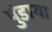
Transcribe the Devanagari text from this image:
पुंडाया